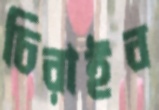
চিরাইব